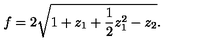
f = 2 \sqrt { 1 + z _ { 1 } + { \frac { 1 } { 2 } } z _ { 1 } ^ { 2 } - z _ { 2 } } .